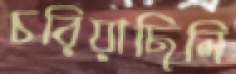
চরিয়াছিলি